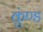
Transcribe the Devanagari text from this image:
कुंण्ड